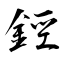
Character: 鋞